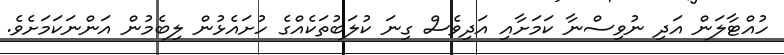
ހުއްޓާލަން އަދި ނުވިސްނާ ކަމަށާއި އަދިވެސް ގިނަ ކުލަބުތަކެއްގެ ހުށައެޅުން ލިބެމުން އަންނަކަމަށެވެ.